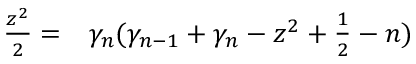
\begin{array} { r l } { \frac { z ^ { 2 } } { 2 } = } & { { } \gamma _ { n } ( \gamma _ { n - 1 } + \gamma _ { n } - z ^ { 2 } + \frac { 1 } { 2 } - n ) } \end{array}